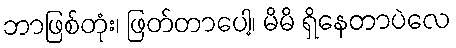
ဘာဖြစ်တုံး၊ ဖြတ်တာပေါ့၊ မိမိ ရှိနေတာပဲလေ